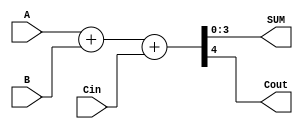
module binary_adder_4 (A,B,Cin,SUM,Cout);
  input [3:0] A,B;
  input Cin;
  output [3:0] SUM;
  output Cout;
    assign {Cout,SUM} = A + B + Cin;
endmodule